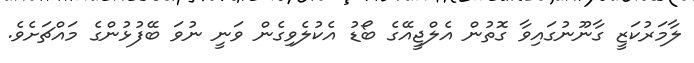
ލާމަރުކަޒީ ގާނޫނުގައިވާ ގޮތުން އެލްޖީއޭގެ ބޯޑު އެކުލެވިގެން ވަނީ ނުވަ ބޭފުޅުންގެ މައްޗަށެވެ.